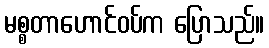
မစ္စတာဟောင်ဝပ်က ပြောသည်။